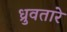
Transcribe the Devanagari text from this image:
ध्रुवतारे